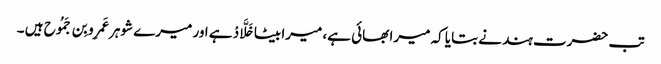
تب حضرت ہند نے بتایا کہ میرا بھائی ہے، میرا بیٹا خَلَّادْ ہے اور میرے شوہر عَمرِو بِن جَمُوح ہیں ۔